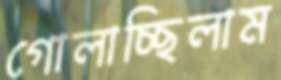
গোলাচ্ছিলাম